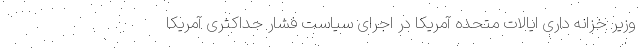
وزیر خزانه داری ایالات متحده آمریکا در اجرای سیاست فشار حداکثری آمریکا